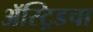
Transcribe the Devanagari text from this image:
ॲस्ट्रिडचा